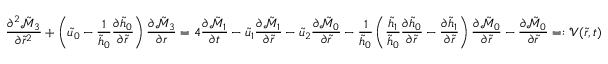
\frac { \partial ^ { 2 } \tilde { \mathcal { M } } _ { 3 } } { \partial \tilde { r } ^ { 2 } } + \left( \tilde { u } _ { 0 } - \frac { 1 } { \tilde { h } _ { 0 } } \frac { \partial \tilde { h } _ { 0 } } { \partial \tilde { r } } \right) \frac { \partial \tilde { \mathcal { M } } _ { 3 } } { \partial r } = 4 \frac { \partial \tilde { \mathcal { M } } _ { 1 } } { \partial t } - \tilde { u } _ { 1 } \frac { \partial \tilde { \mathcal { M } } _ { 1 } } { \partial \tilde { r } } - \tilde { u } _ { 2 } \frac { \partial \tilde { \mathcal { M } } _ { 0 } } { \partial \tilde { r } } - \frac { 1 } { \tilde { h } _ { 0 } } \left( \frac { \tilde { h } _ { 1 } } { \tilde { h } _ { 0 } } \frac { \partial \tilde { h } _ { 0 } } { \partial \tilde { r } } - \frac { \partial \tilde { h } _ { 1 } } { \partial \tilde { r } } \right) \frac { \partial \tilde { \mathcal { M } } _ { 0 } } { \partial \tilde { r } } - \frac { \partial \tilde { \mathcal { M } } _ { 0 } } { \partial \tilde { r } } = : \mathcal { V } ( \tilde { r } , t )